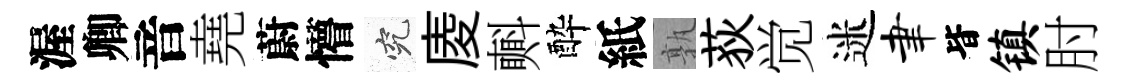
渥卿音堯蔚懵究庱㪺酔紙孰荻觉迷聿𣅜镇肘